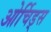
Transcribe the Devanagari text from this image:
ओर्चिड्स